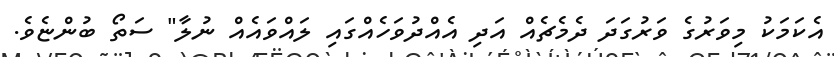
އެކަމަކު މިވަރުގެ ވަރުގަދަ ދެމެޗެއް އަދި އެއްދުވަހެއްގައި ލައްވައެއް ނުލާ" ސަތޯ ބުންޏެވެ.